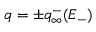
q = \pm q _ { \infty } ^ { - } ( E _ { - } )